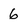
Character: 6